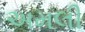
અમલી